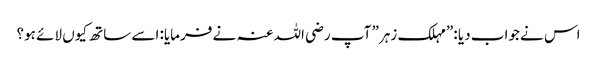
اس نے جواب دیا :”مہلک زہر” آپ رضی اللہ عنہ نے فرمایا: اسے ساتھ کیوں لائے ہو؟